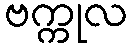
ဗက္ကုလ